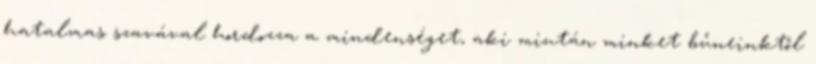
hatalmas szavával hordozza a mindenséget, aki miután minket bűneinktől